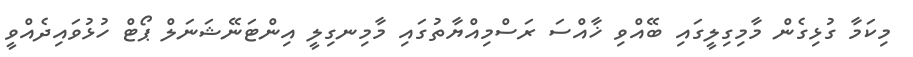
މިކަމާ ގުޅިގެން މާމިގިލީގައި ބޭއްވި ޚާއްސަ ރަސްމިއްޔާތުގައި މާމިނގިލީ އިންޓަނޭޝަނަލް ޕޯޓް ހުޅުވައިދެއްވީ